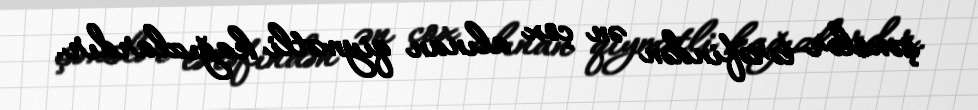
şəxslər tərəfindən ən çox alınan qiymətli kağızlardır.